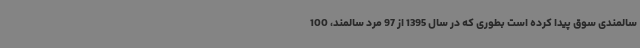
سالمندی سوق پیدا کرده است بطوری که در سال 1395 از 97 مرد سالمند، 100